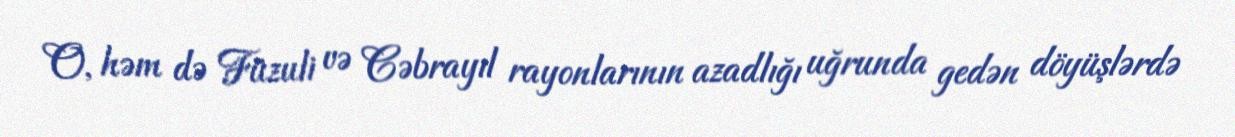
O, həm də Füzuli və Cəbrayıl rayonlarının azadlığı uğrunda gedən döyüşlərdə